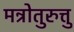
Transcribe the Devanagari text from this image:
मन्रोतुरुत्तु